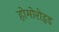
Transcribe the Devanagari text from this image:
होमोरोइड